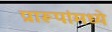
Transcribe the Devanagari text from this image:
प्रारूपांमध्ये